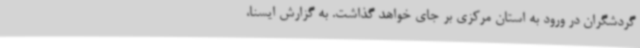
گردشگران در ورود به استان مرکزی بر جای خواهد گذاشت. به گزارش ایسنا،